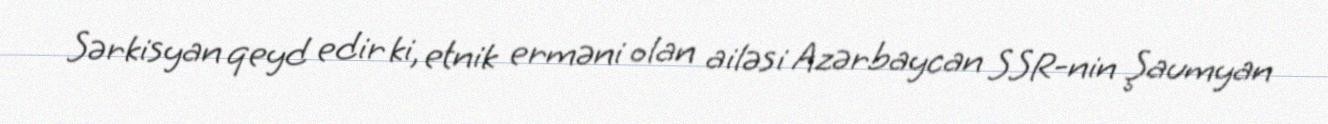
Sərkisyan qeyd edir ki, etnik erməni olan ailəsi Azərbaycan SSR-nin Şaumyan